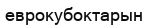
еврокубоктарын